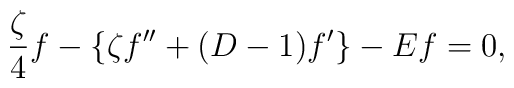
\frac{\zeta}{4}f-\{\zeta f''+(D-1)f'\}-Ef=0,